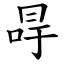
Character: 冔